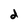
Character: d